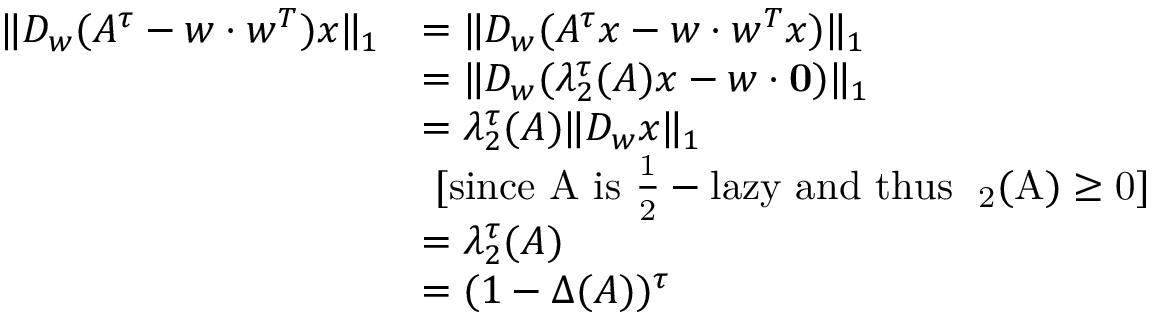
\begin{array} { r l } { \| D _ { w } ( A ^ { \tau } - w \cdot w ^ { T } ) x \| _ { 1 } } & { = \| D _ { w } ( A ^ { \tau } x - w \cdot w ^ { T } x ) \| _ { 1 } } \\ & { = \| D _ { w } ( \lambda _ { 2 } ^ { \tau } ( A ) x - w \cdot \mathbf { 0 } ) \| _ { 1 } } \\ & { = \lambda _ { 2 } ^ { \tau } ( A ) \| D _ { w } x \| _ { 1 } } \\ & { \ \mathrm { [ s i n c e ~ \ensuremath { A } ~ i s ~ \ensuremath { \frac { 1 } { 2 } } - l a z y ~ a n d ~ t h u s ~ \ensuremath { \lambda _ { 2 } ( A ) \geq 0 } ] } } \\ & { = \lambda _ { 2 } ^ { \tau } ( A ) } \\ & { = ( 1 - \Delta ( A ) ) ^ { \tau } } \end{array}